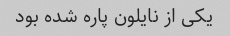
یکی از نایلون پاره شده بود